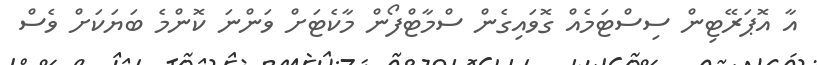
އާ އޮޕަރޭޓިން ސިސްޓަމެއް ގޮވައިގެން ސްމާޓްފޯން މާކެޓަށް ވަންނަ ކޮންމެ ބަޔަކަށް ވެސް